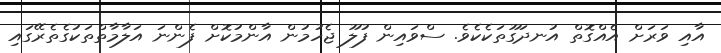
އާއި ވަރަށް އެއްގޮތް އުނދަގޫތަކެކެވެ. ސްވައިން ފުލޫ ޖެހުމުން އާންމުކޮށް ފެންނަ އަލާމާތްތަކުގެތެރޭގައި